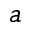
a